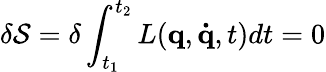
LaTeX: \delta{\mathcal{S}}=\delta\int_{t_{1}}^{t_{2}}L(\mathbf{q},\mathbf{\dot{q}},t)dt=0